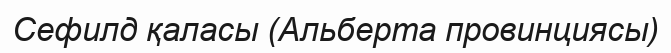
Сефилд қаласы (Альберта провинциясы)